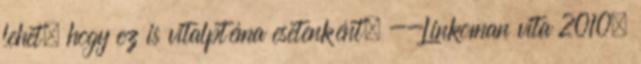
lehet, hogy ez is vitalptéma esetenként. --Linkoman vita 2010.